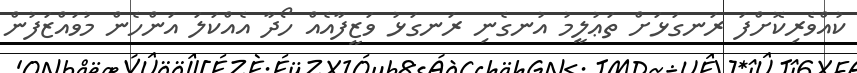
ކުއްވެރިކޮށްފަ ރަނގަޅަށް ތަޢުލީމު އުނގެނި ރަނގަޅު ވަޒީފާއެއް ހޯދާ އެއްކަލަ އަންހެން މުވައްޒަފުން